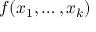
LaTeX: f ( x _ { 1 } , \ldots , x _ { k } )